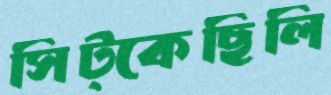
সিট্‌কেছিলি